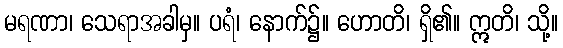
မရဏာ၊ သေရာအခါမှ။ ပရံ၊ နောက်၌။ ဟောတိ၊ ရှိ၏။ ဣတိ၊ သို့။